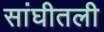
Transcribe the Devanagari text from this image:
सांघीतली